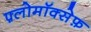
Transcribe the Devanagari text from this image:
फ़्लोमॉक्सेफ़